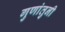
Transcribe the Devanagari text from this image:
गुणांतुनी